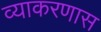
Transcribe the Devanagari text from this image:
व्याकरणास